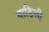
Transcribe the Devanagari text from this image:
वाहिली़